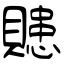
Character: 贃